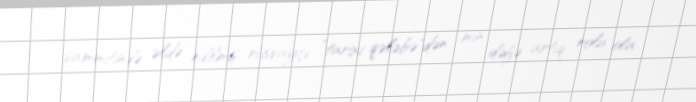
sammitində əldə edilmiş rüsvayçı ”tarixi qələbə"dən min dəfə artıq rolu ola